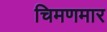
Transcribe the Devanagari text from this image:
चिमणमार